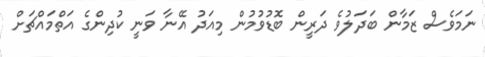
ނަމަވެސް ޒަމާން ބަދަލުވެ ދަރީން ބޮޑުވުމުން މިއަދު އޭނާ ވަނީ ކުދިންގެ އަތްމައްޗަށް